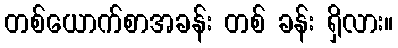
တစ်ယောက်စာအခန်း တစ် ခန်း ရှိလား။